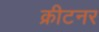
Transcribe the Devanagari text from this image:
क्रीटनर